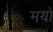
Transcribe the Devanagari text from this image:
मयों